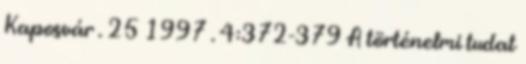
Kaposvár . 25 1997 . 4:372-379 A történelmi tudat